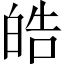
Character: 皓